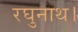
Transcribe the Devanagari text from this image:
रघुनाथ।